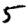
Digit: 5